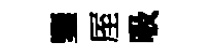
鑒厔吸